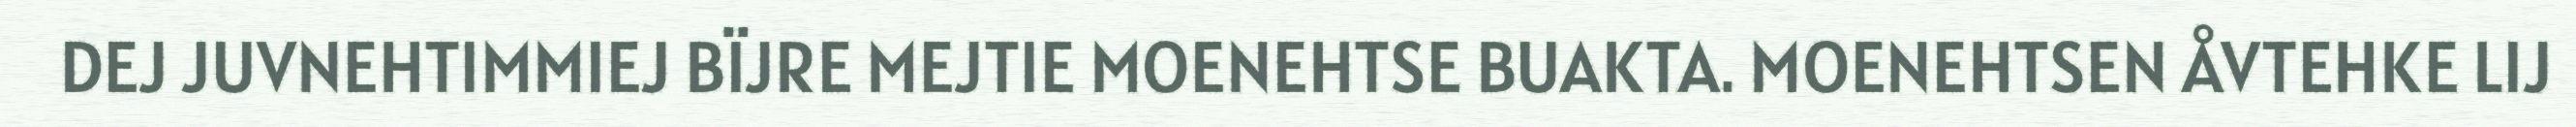
DEJ JUVNEHTIMMIEJ BÏJRE MEJTIE MOENEHTSE BUAKTA. MOENEHTSEN ÅVTEHKE LIJ